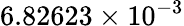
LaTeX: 6.82623\times 10^{-3}